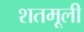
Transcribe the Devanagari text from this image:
शतमूली